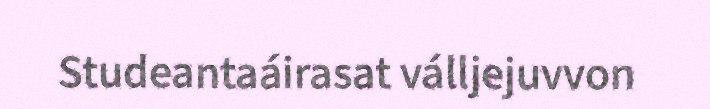
Studeantaáirasat válljejuvvon